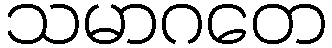
သမာဂတေ